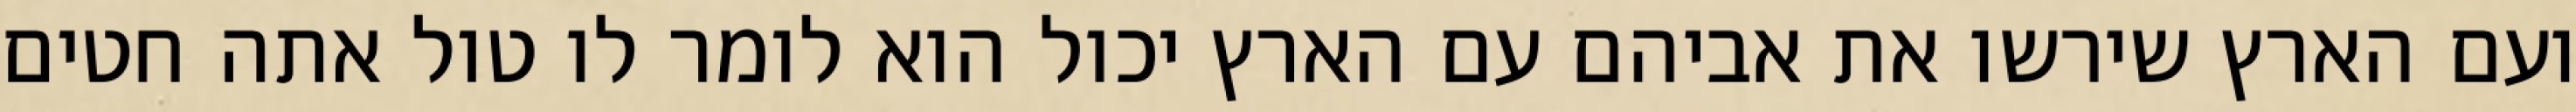
ועם הארץ שירשו את אביהם עם הארץ יכול הוא לומר לו טול אתה חטים